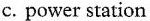
c. power station